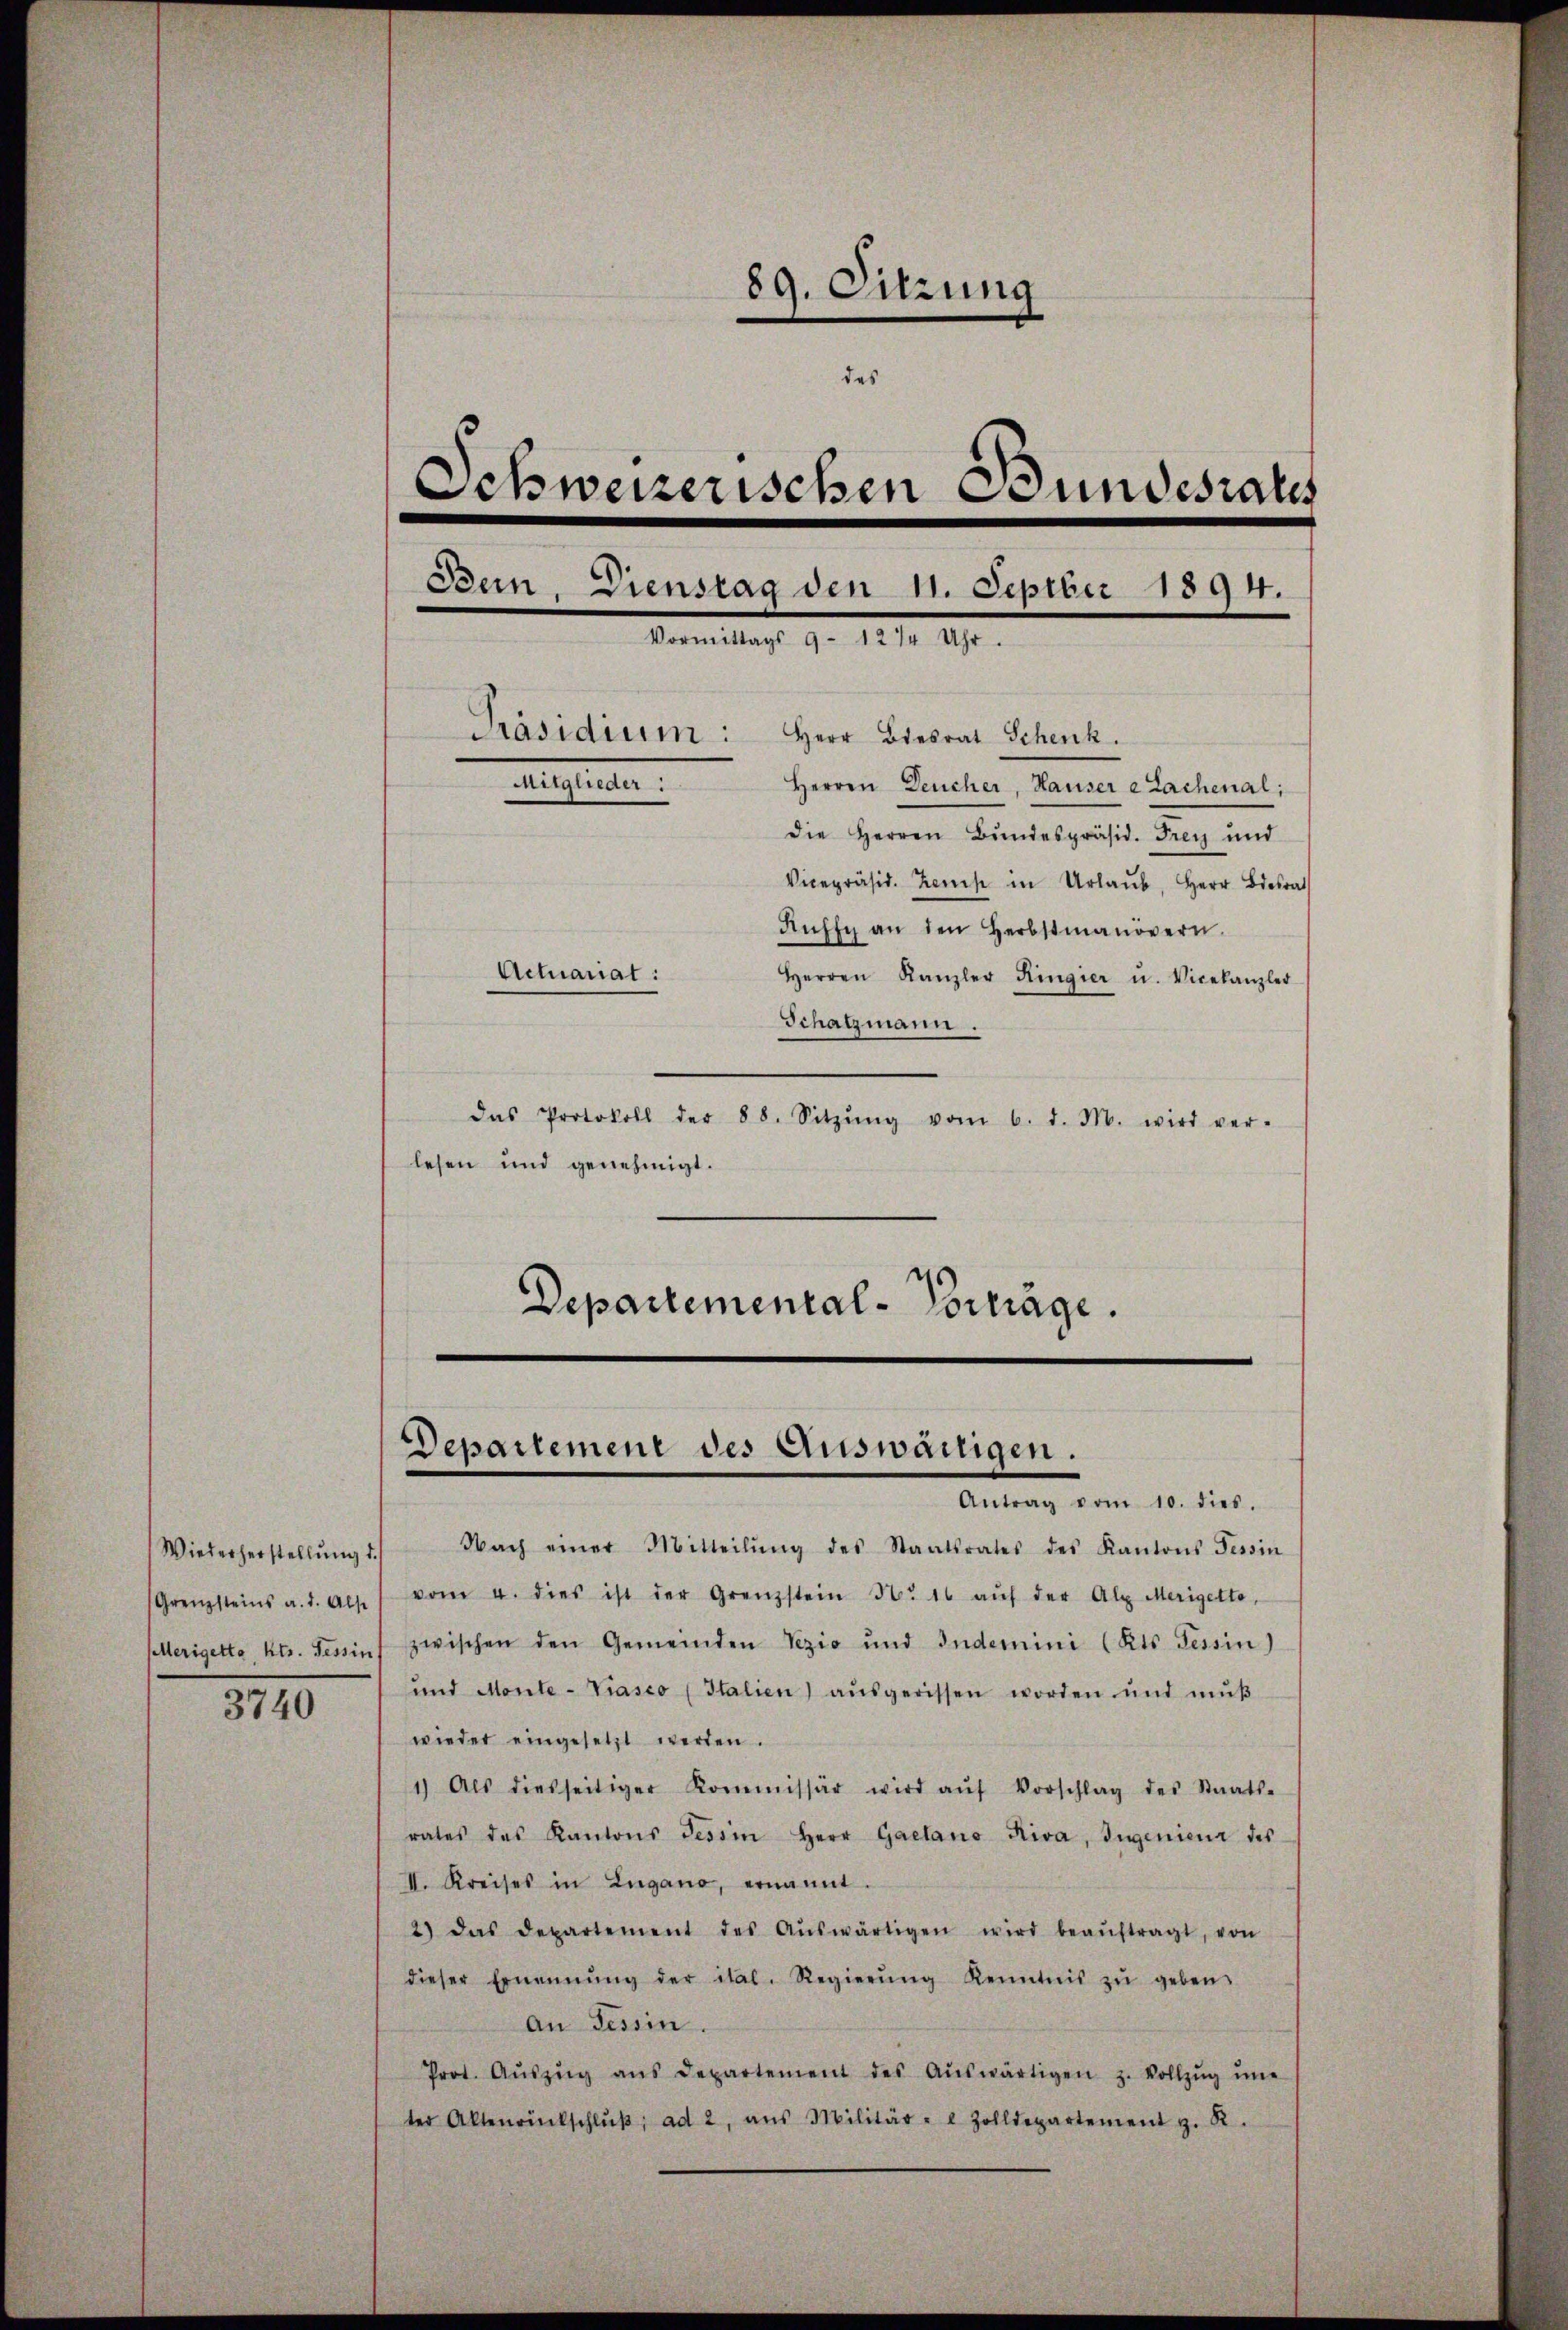
Wiederherstellŭng 1.)
selterigerte, Kts. Tessin s

3740

89. Sitzung
des
Schweizerischen Bundesrates
Bun. Dienstag den 11. Septer 1894.
Vormittags 9 - 12/4 Uhr.
Präsidium: Herr Biesrat Schenk.
mheiten.
Herren Deucher, Hauser e Lachenal;
die Herren Bundespräsid. Frey und
Vicepräsid. Zams in Urlaŭb, Herr Berat
Rŭsse an den Herbstmanövern.
Actuariat:
Herren Kanzler Ringier u. Vicekanzlei
Schatzmann.

das Protokoll der 88. Sitzŭng vom 6. d. M. wird ver-
lesen und genehmigt.
Departemental-Porträge.

Nach einer Mitteilŭng des Staatsrates des Kantons Tessin
Grenzsteins a. d. Als vom 4. dies ist der Grenzstein No 16 aŭf der Alp Merigetto,
zwischen den Gemeinden Sezio und Indemini (Kts. Tessin)
und Monte-Viasco (Italien aŭsgerissen worden und mŭβ
wieder eingesetzt werden.
1) Als diesseitiger Kommissär wird aŭf Vorschlag des Staats-
rates das Kantons Tessin Herr Gaetano Riva, Ingenieur des
II. Kreises in Lugano, ernannt.
2) das Departement des Aŭswärtigen wird beaŭftragt, von
dieser Ernennung der ital. Regierŭng Kenntnis zŭ geben.
an Tessin.
Prot. Aŭszŭg ans Departement des Aŭswärtigen z. Vollzŭg ŭne
ter Aktenrückschlŭβ: ad 2, ans Militär- Zolldepartement z. R.

Departement des Auswärtigen.
Antrag vom 10. dies.